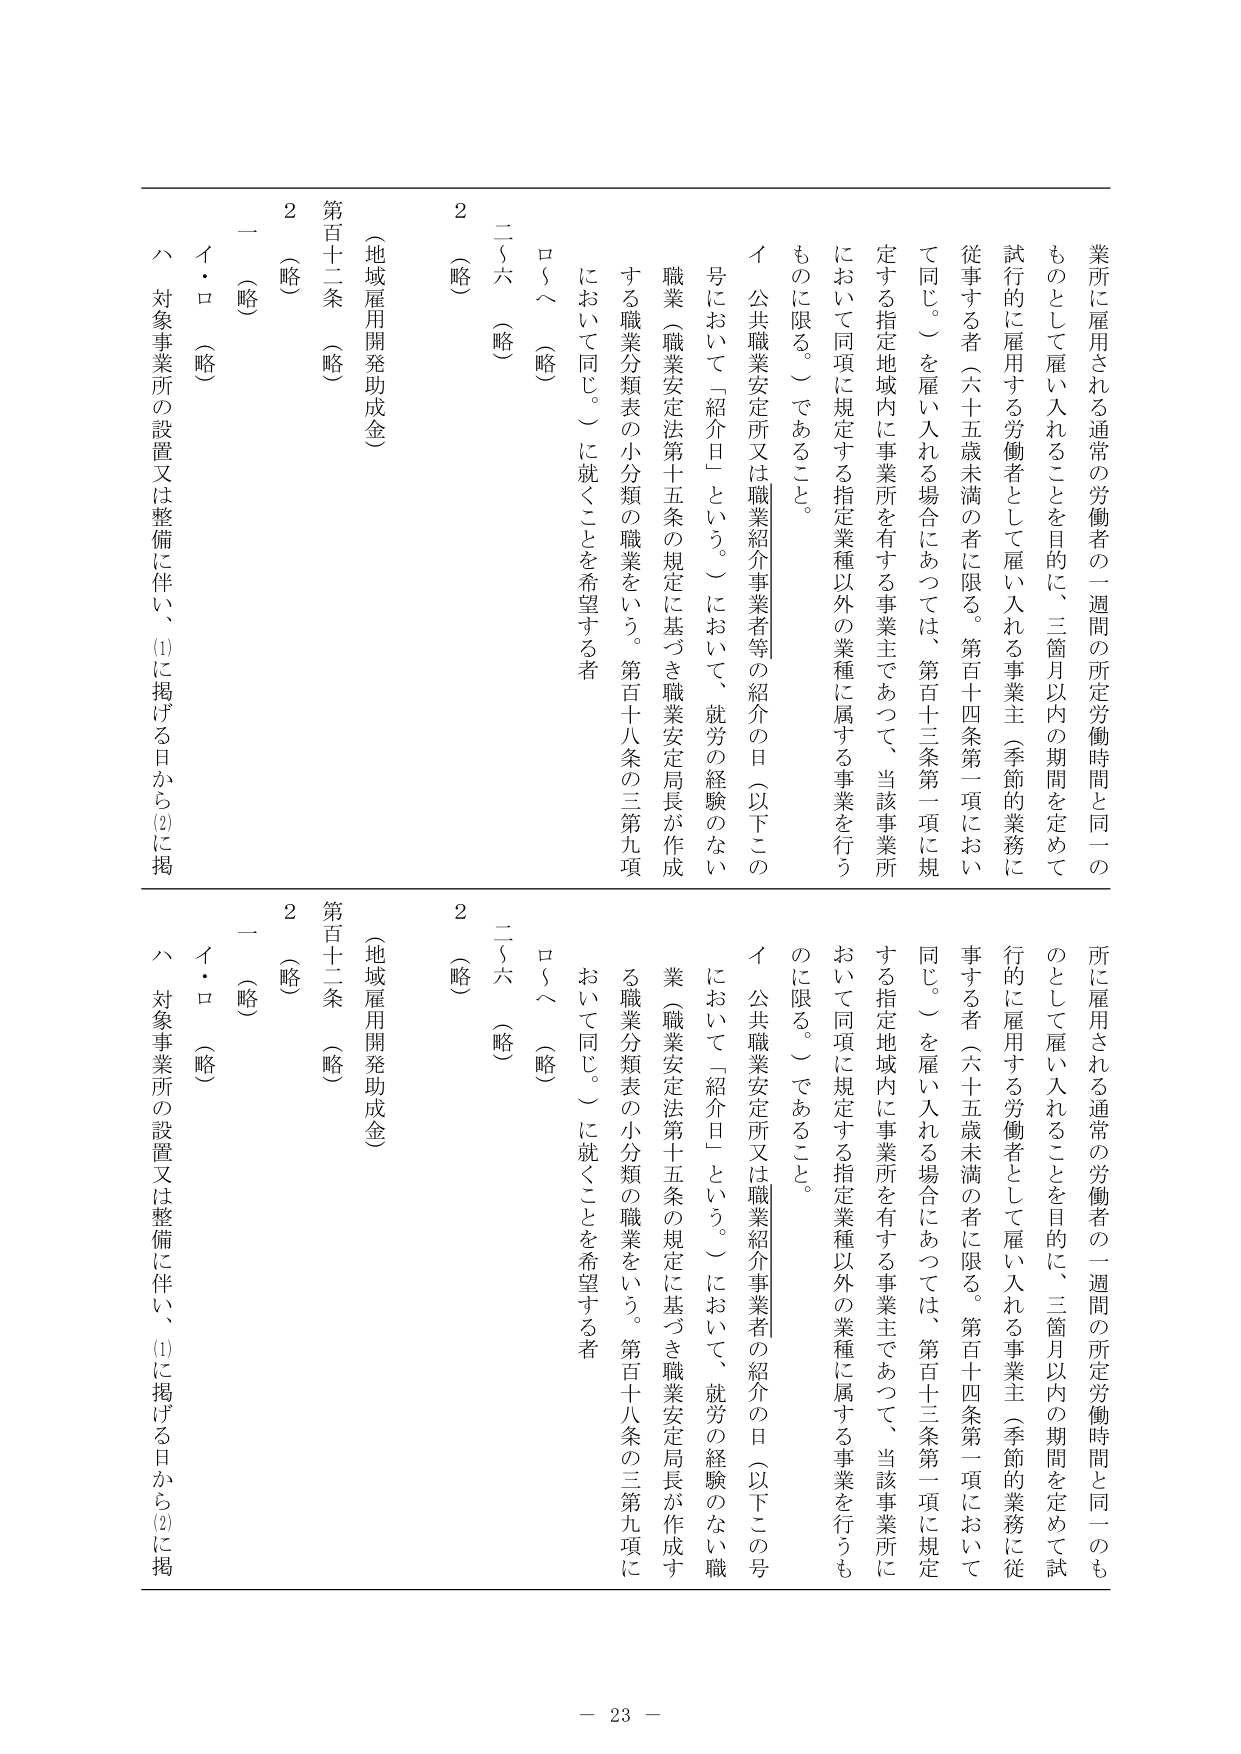
業所に雇用される通常の労働者の一週間の所定労働時間と同一のものとして雇い入れることを目的に、三箇月以内の期間を定めて試行的に雇用する労働者として雇い入れる事業主（季節的業務に従事する者（六十五歳未満の者に限る。第百十四条第一項において同じ。）を雇い入れる場合にあっては、第百十三条第一項に規定する指定地域内に事業所を有する事業主であって、当該事業所において同項に規定する指定業種以外の業種に属する事業を行うものに限る。）であること。

イ・公共職業安定所又は職業紹介事業者等の紹介の日（以下この号において「紹介日」という。）において、就労の経験のない職業（職業安定法第十五条の規定に基づき職業安定局長が作成する職業分類表の小分類の職業をいう。第百十八条の三第九項において同じ。）に就くことを希望する者

ロ～（略）

二～六（略）

2（略）

（地域雇用開発助成金）

第百十二条（略）

2（略）

一（略）

イ・ロ（略）

ハ 対象事業所の設置又は整備に伴い、(1)に掲げる日から(2)に掲

所に雇用される通常の労働者の一週間の所定労働時間と同一のものとして雇い入れることを目的に、三箇月以内の期間を定めて試行的に雇用する労働者として雇い入れる事業主（季節的業務に従事する者（六十五歳未満の者に限る。第百十四条第一項において同じ。）を雇い入れる場合にあっては、第百十三条第一項に規定する指定地域内に事業所を有する事業主であって、当該事業所において同項に規定する指定業種以外の業種に属する事業を行うものに限る。）であること。

イ・公共職業安定所又は職業紹介事業者の紹介の日（以下この号において「紹介日」という。）において、就労の経験のない職業（職業安定法第十五条の規定に基づき職業安定局長が作成する職業分類表の小分類の職業をいう。第百十八条の三第九項において同じ。）に就くことを希望する者

ロ～（略）

二～六（略）

2（略）

（地域雇用開発助成金）

第百十二条（略）

2（略）

一（略）

イ・ロ（略）

ハ 対象事業所の設置又は整備に伴い、(1)に掲げる日から(2)に掲

－ 23 －